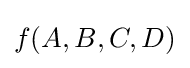
f(A,B,C,D)